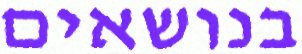
בנושאים